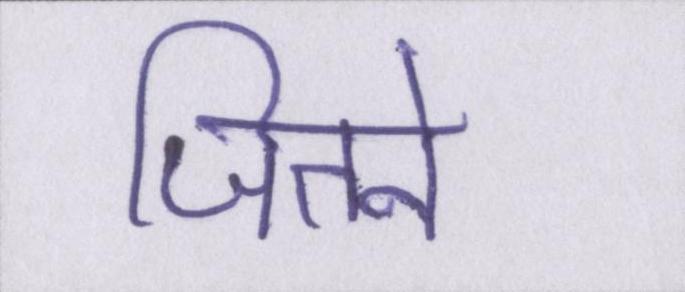
जितने